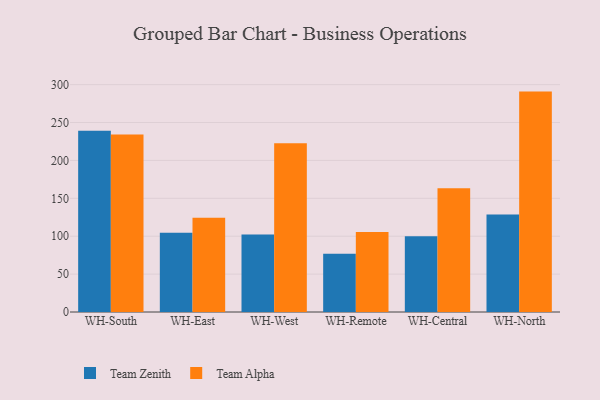
{"axis": {"x": "Warehouse", "y": "Temperature (°C)"}, "legend": ["Team Alpha", "Team Zenith"], "data": [{"x": "WH-South", "y": 239.1, "type": "Team Zenith"}, {"x": "WH-South", "y": 234.1, "type": "Team Alpha"}, {"x": "WH-East", "y": 104.5, "type": "Team Zenith"}, {"x": "WH-East", "y": 124.2, "type": "Team Alpha"}, {"x": "WH-West", "y": 102.3, "type": "Team Zenith"}, {"x": "WH-West", "y": 222.7, "type": "Team Alpha"}, {"x": "WH-Remote", "y": 76.9, "type": "Team Zenith"}, {"x": "WH-Remote", "y": 105.4, "type": "Team Alpha"}, {"x": "WH-Central", "y": 99.9, "type": "Team Zenith"}, {"x": "WH-Central", "y": 163.4, "type": "Team Alpha"}, {"x": "WH-North", "y": 128.7, "type": "Team Zenith"}, {"x": "WH-North", "y": 290.8, "type": "Team Alpha"}]}